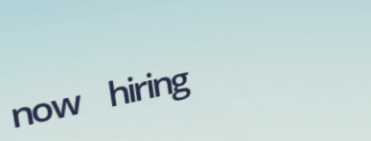
now hiring